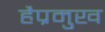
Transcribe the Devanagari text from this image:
हैप्रमुख